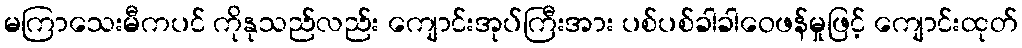
မကြာသေးမီကပင် ကိုနုသည်လည်း ကျောင်းအုပ်ကြီးအား ပစ်ပစ်ခါခါဝေဖန်မှုဖြင့် ကျောင်းထုတ်